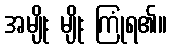
အမျိုး မျိုး ကြုံရ၏။